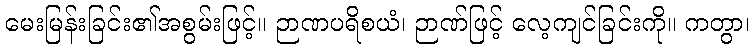
မေးမြန်းခြင်း၏အစွမ်းဖြင့်။ ဉာဏပရိစယံ၊ ဉာဏ်ဖြင့် လေ့ကျင်ခြင်းကို။ ကတွာ၊